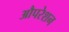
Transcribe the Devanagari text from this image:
औपरेशन